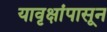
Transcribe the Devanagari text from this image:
यावृक्षांपासून